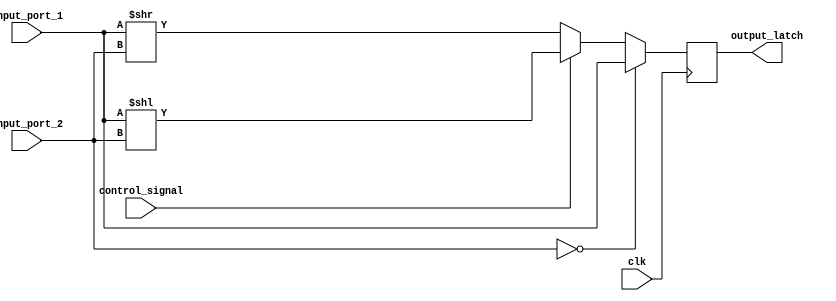
`timescale 1ns / 1ps
//////////////////////////////////////////////////////////////////////////////////
// Company: 
// Engineer: 
// 
// Design Name: 
// Module Name: shifter
// Project Name: 
// Target Devices: 
// Tool Versions: 
// Description: 
// 
// Dependencies: 
// 
// Revision:
// Revision 0.01 - File Created
// Additional Comments:
// 
//////////////////////////////////////////////////////////////////////////////////


module Shifter (
    input wire clk,
    input wire signed [63:0] input_port_1,
    input wire [63:0] input_port_2,
    input wire control_signal,
    output reg signed [63:0] output_latch
);

always @(posedge clk) begin
    if (input_port_2 == 64'b0) begin
        // No shift
        output_latch <= input_port_1;
    end else if (control_signal == 1'b0) begin
        // Right shift
        output_latch <= input_port_1 >> input_port_2;
    end else begin
        // Left shift
        output_latch <= input_port_1 << input_port_2;
    end
end

endmodule